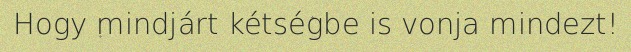
Hogy mindjárt kétségbe is vonja mindezt!